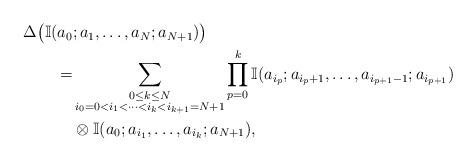
LaTeX: \begin{align*}\begin{aligned} \Delta \big(\mathbb{I}(a_0&;a_1,\ldots,a_N;a_{N+1})\big) \\=& \sum_{\substack{0\le k \le N\\i_0=0<i_1<\cdots<i_k<i_{k+1}=N+1}} \prod_{p=0}^k \mathbb{I}(a_{i_p};a_{i_p+1},\ldots,a_{i_{p+1}-1};a_{i_{p+1}}) \\&\otimes \mathbb{I}(a_0;a_{i_1},\ldots,a_{i_k};a_{N+1}),\end{aligned}\end{align*}